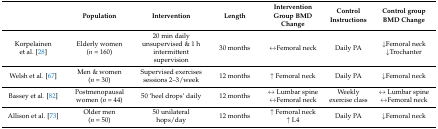
|  | Population | Intervention | Length | Intervention Group BMD Change | Control Instructions | Control group BMD Change |
 | --- | --- | --- | --- | --- | --- | --- |
 | Korpelainen et al. [28] | Elderly women (n = 160) | 20 min daily unsupervised & 1 h intermittent supervision | 30 months | ↔Femoral neck | Daily PA | ↓Femoral neck↓Trochanter |
 | Welsh et al. [67] | Men & women (n = 30) | Supervised exercises sessions 2–3/week | 12 months | ↑ Femoral neck | Daily PA | ↓Femoral neck |
 | Bassey et al. [82] | Postmenopausal women (n = 44) | 50 ‘heel drops’ daily | 12 months | ↔ Lumbar spine↔Femoral neck | Weekly exercise class | ↔ Lumbar spine↔Femoral neck |
 | Allison et al. [73] | Older men (n = 50) | 50 unilateral hops/day | 12 months | ↑ Femoral neck↑ L4 | Daily PA | ↓Femoral neck |